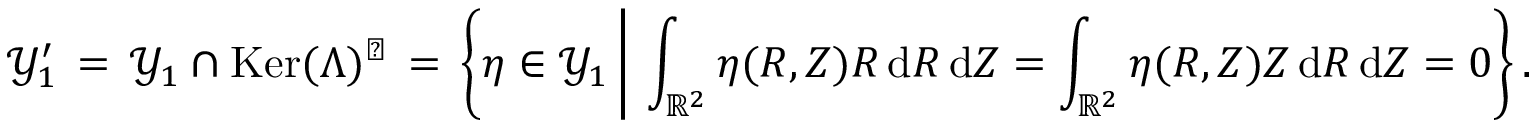
\mathcal { Y } _ { 1 } ^ { \prime } \, = \, \mathcal { Y } _ { 1 } \cap \mathop { \mathrm { K e r } } ( \Lambda ) ^ { \perp } \, = \, \biggl \{ \eta \in \mathcal { Y } _ { 1 } \, \bigg | \, \int _ { \mathbb { R } ^ { 2 } } \eta ( R , Z ) R \, \mathrm { d } R \, \mathrm { d } Z = \int _ { \mathbb { R } ^ { 2 } } \eta ( R , Z ) Z \, \mathrm { d } R \, \mathrm { d } Z = 0 \biggr \} \, .